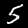
Digit: 5